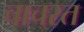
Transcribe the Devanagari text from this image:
चाचरत